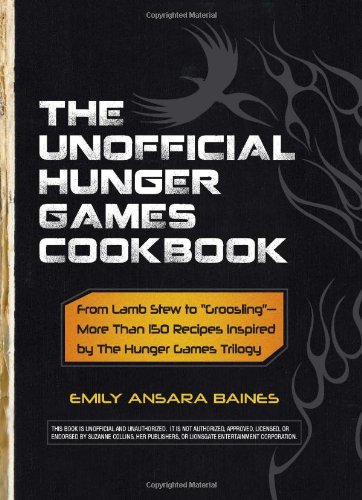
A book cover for The Unofficial Hunger Games Cookbook: From Lamb Stew to "Groosling" - More than 150 Recipes Inspired by The Hunger Games Trilogy (Unofficial Cookbook); Emily Ansara Baines; Teen & Young Adult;